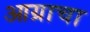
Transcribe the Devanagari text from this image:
आग्राचा